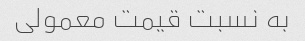
به نسبت قیمت معمولی